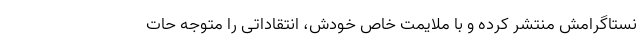
نستاگرامش منتشر کرده و با ملایمت خاص خودش، انتقاداتی را متوجه حات